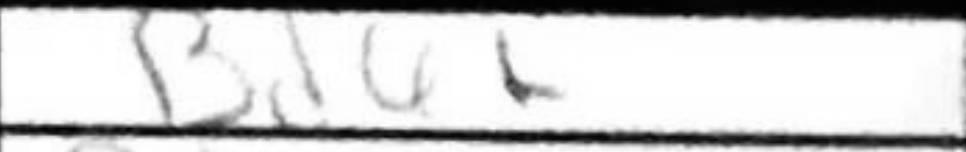
Transcription: Ba6+